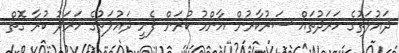
ދައުލަތުގެ ހަރަދުތައް ސަރުކާރުން އާންމު ކުރަން ފެށީ ދައުލަތުގެ ހަރަދު ކުރާ ގޮތް